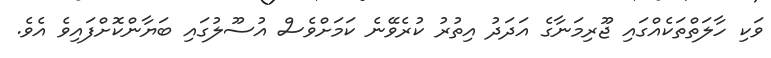
ވަކި ހާލަތްތަކެއްގައި ޖޫރިމަނާގެ އަދަދު އިތުރު ކުރެވޭނެ ކަމަށްވެސް އުސޫލުގައި ބަޔާންކޮށްފައިވެ އެވެ.